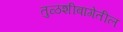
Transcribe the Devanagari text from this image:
तुळशीबागेतील